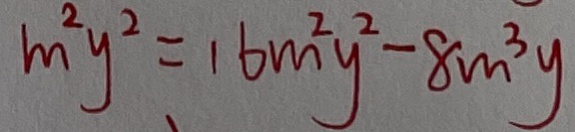
m ^ { 2 } y ^ { 2 } = 1 6 m ^ { 2 } y ^ { 2 } - 8 m ^ { 3 } y